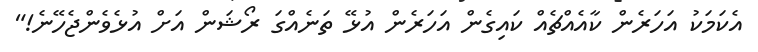
އެކަމަކު އަހަރެން ކާއެއްޗެއް ކައިގެން އަހަރެން އުޅޭ ތަނެއްގަ ރޯޝަން އަށް އުޅެވެންޖެހޭނެ!"